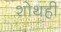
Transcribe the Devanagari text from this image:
शोथही